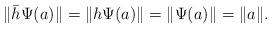
LaTeX: \begin{align*} \|\bar{h}\Psi(a)\|= \|h\Psi(a)\|=\|\Psi(a)\|=\|a\|. \end{align*}